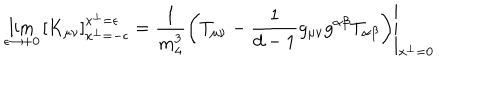
LaTeX: \lim _ { \epsilon \to + 0 } \left[ K _ { \mu \nu } \right] _ { x ^ { \perp } = - \epsilon } ^ { x ^ { \perp } = \epsilon } = \left. \frac { 1 } { m _ { 4 } ^ { 3 } } \left( T _ { \mu \nu } - \frac { 1 } { d - 1 } g _ { \mu \nu } g ^ { \alpha \beta } T _ { \alpha \beta } \right) \right| _ { x ^ { \perp } = 0 }